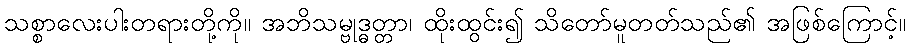
သစ္စာလေးပါးတရားတို့ကို။ အဘိသမ္ဗုဒ္ဓတ္တာ၊ ထိုးထွင်း၍ သိတော်မူတတ်သည်၏ အဖြစ်ကြောင့်။